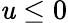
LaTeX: \mathit{u}\leq0